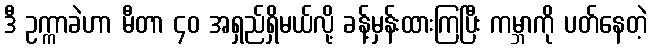
ဒီ ဥက္ကာခဲဟာ မီတာ ၄၀ အရှည်ရှိမယ်လို့ ခန့်မှန်းထားကြပြီး ကမ္ဘာကို ပတ်နေတဲ့